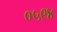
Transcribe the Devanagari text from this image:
०५९४